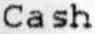
CASH